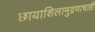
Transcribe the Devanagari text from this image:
छायाशिलामुद्रणाचाही